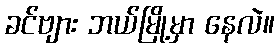
ခင်ဗျား ဘယ်မြို့မှာ နေလဲ။